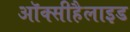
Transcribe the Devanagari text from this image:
ऑक्सीहैलाइड